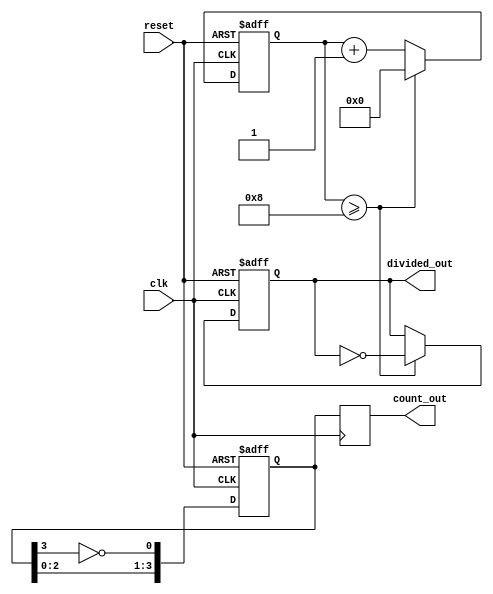
module divide_by_n_johnson_counter #(
    parameter M = 4,  // Number of flip-flops
    parameter N = 8   // Divide factor
)(
    input wire clk,     // Clock input
    input wire reset,   // Active-high reset
    output reg [M-1:0] count_out, // Counter output
    output reg divided_out // Divided output
);

    reg [M-1:0] state; // Internal state of the counter
    reg [3:0] count;    // Counter to track the number of cycles

    // Johnson counter state update
    always @(posedge clk or posedge reset) begin
        if (reset) begin
            state <= 0;         // Reset state to 0
            count <= 0;         // Reset count
            divided_out <= 0;    // Reset divided output
        end else begin
            // Update the state of the Johnson counter
            state <= {state[M-2:0], ~state[M-1]};
            count <= count + 1;  // Increment the cycle count

            // Check if we reached the desired count N
            if (count >= N) begin
                divided_out <= ~divided_out; // Toggle divided output
                count <= 0;                  // Reset count
            end
        end
    end

    // Assign the current state to the output
    always @(posedge clk) begin
        count_out <= state; // Output the current state
    end

endmodule